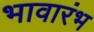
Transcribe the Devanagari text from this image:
भावारंभ